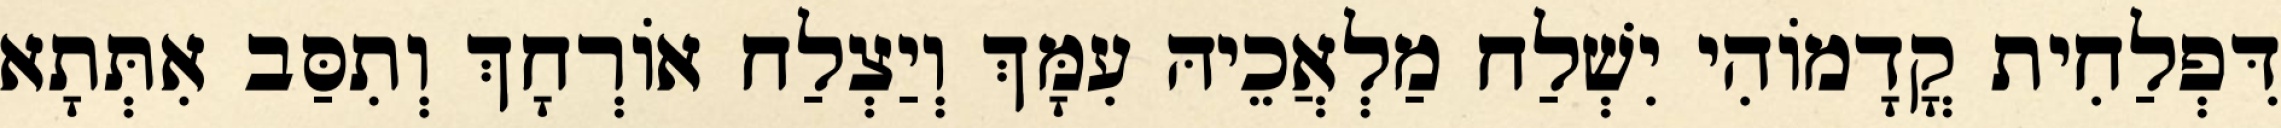
דִּפְלַחִית קֳדָמוֹהִי יִשְׁלַח מַלְאֲכֵיהּ עִמָּךְ וְיַצְלַח אוֹרְחָךְ וְתִסַּב אִתְּתָא